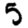
Digit: 5